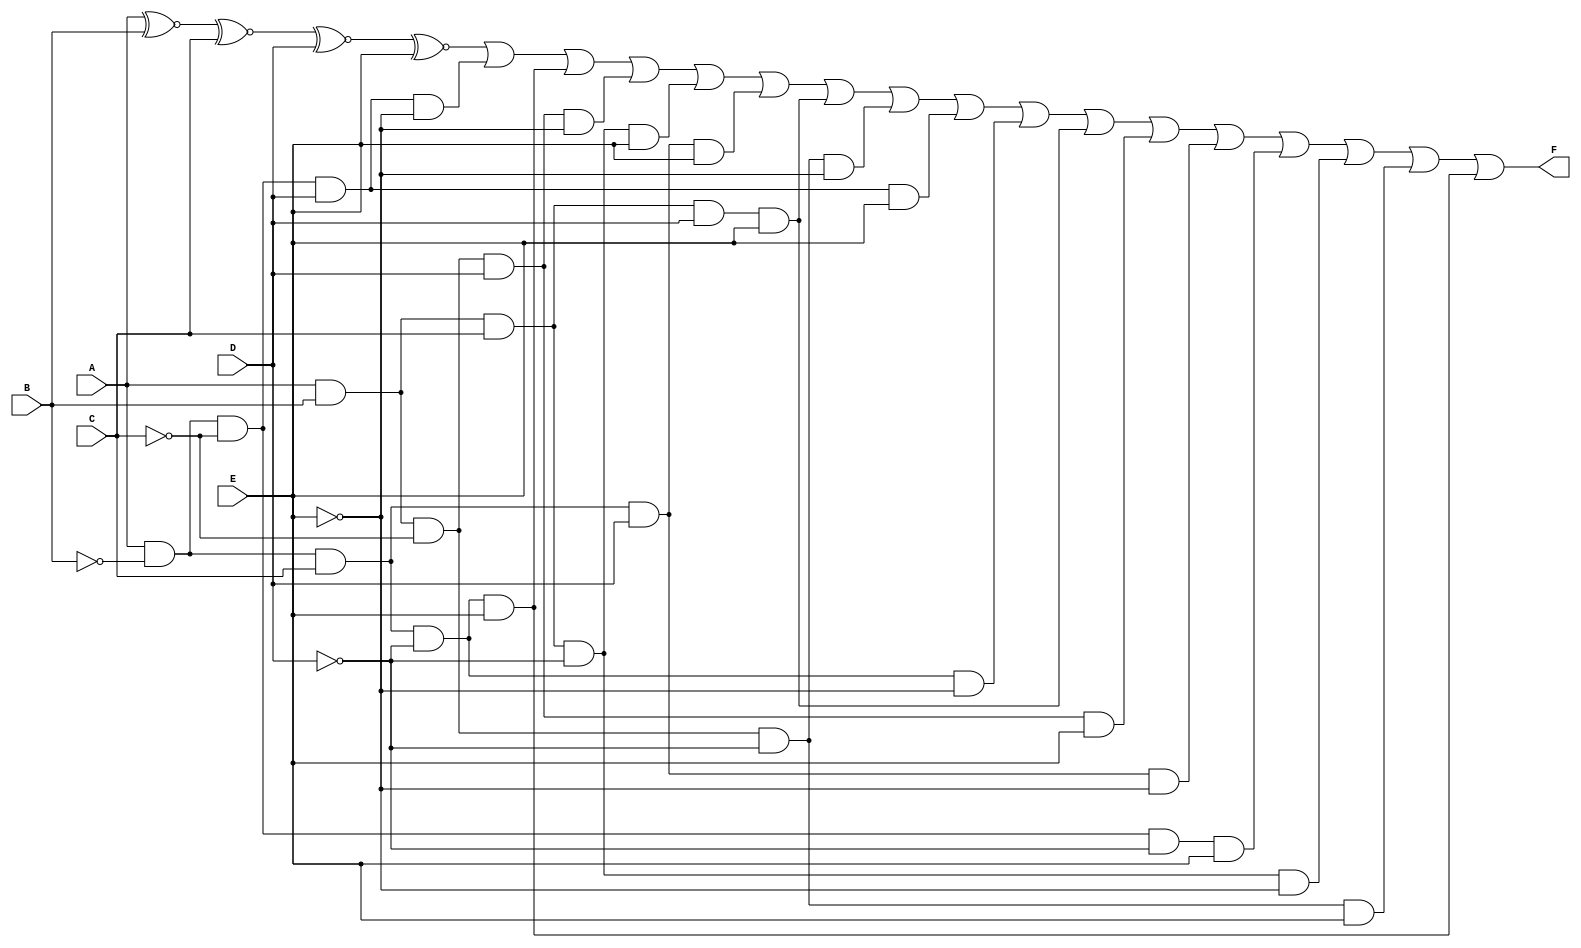
module five_variable_kmap (
    input wire A,  // Input variable A
    input wire B,  // Input variable B
    input wire C,  // Input variable C
    input wire D,  // Input variable D
    input wire E,  // Input variable E
    output wire F  // Output function F
);

// Define the output F based on the K-map simplification
// Assume the minterms for which F = 1 are: 0, 1, 2, 3, 5, 7, 8, 9, 10, 11, 15, 16, 17, 19, 23, 31
assign F = (A ~^ B ~^ C ~^ D ~^ E) | // Example grouping for simplification
           (A & ~B & ~C & D & ~E) |
           (A & ~B & C & ~D & E) |
           (A & B & ~C & D & ~E) |
           (A & B & C & ~D & E) |
           (A & ~B & C & D & E) |
           (A & B & C & D & E) |
           (A & B & ~C & ~D & ~E) |
           (A & ~B & ~C & D & E) |
           (A & ~B & C & ~D & ~E) |
           (A & B & C & D & E) |
           (A & B & ~C & D & E) |
           (A & ~B & C & D & ~E) |
           (A & ~B & ~C & ~D & E) |
           (A & B & C & ~D & ~E) |
           (A & B & ~C & ~D & E) |
           (A & ~B & C & ~D & E);

endmodule